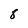
Character: 8